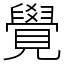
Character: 覺